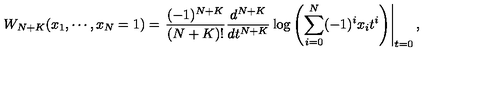
W _ { N + K } ( x _ { 1 } , \cdots , x _ { N } = 1 ) = \left. \frac { ( - 1 ) ^ { N + K } } { ( N + K ) ! } \frac { d ^ { N + K } } { d t ^ { N + K } } \log \left( \sum _ { i = 0 } ^ { N } ( - 1 ) ^ { i } x _ { i } t ^ { i } \right) \right| _ { t = 0 } ,